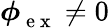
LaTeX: \boldsymbol\phi{}_{\mathrm{~e~x~}}^{}\neq 0